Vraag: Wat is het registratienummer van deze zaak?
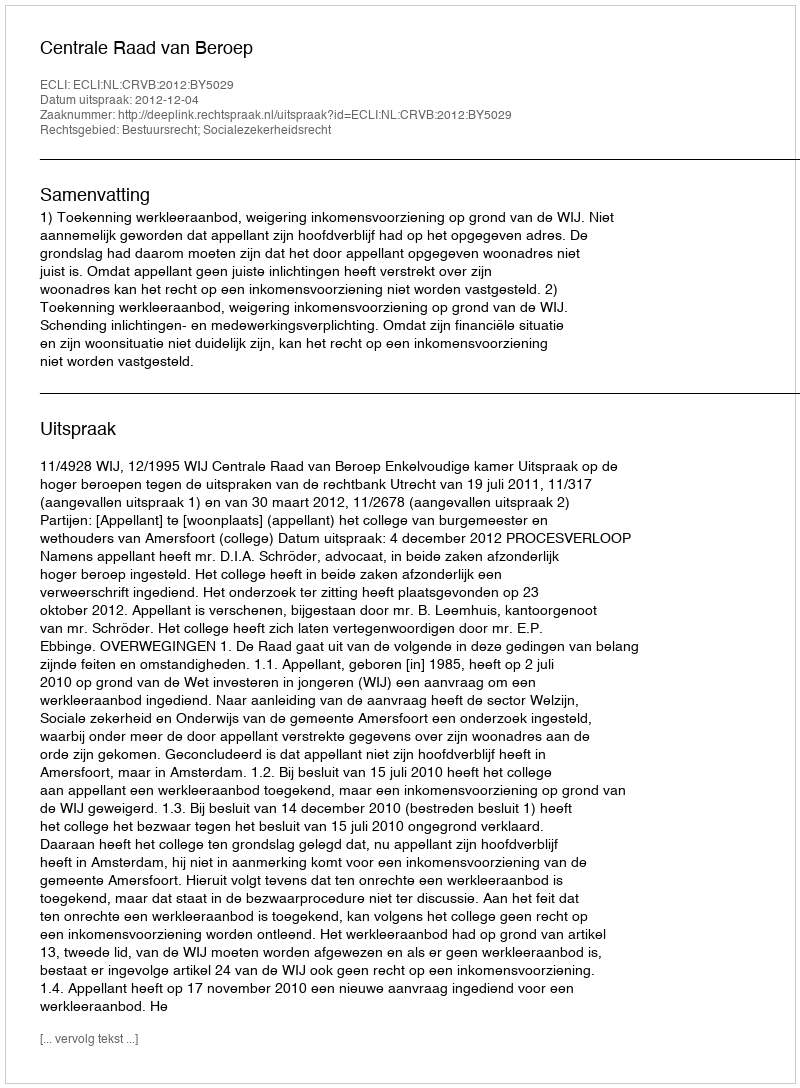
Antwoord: http://deeplink.rechtspraak.nl/uitspraak?id=ECLI:NL:CRVB:2012:BY5029